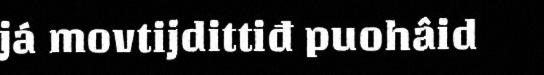
já movtijdittiđ puohâid